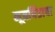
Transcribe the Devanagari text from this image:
मूत्रपिंडाचा